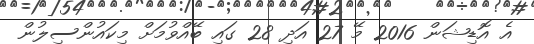
އެ އޮޑިޝަން 2016 މޭ 27 އަދި 28 ގައި ބޭއްވުމަށް މިކައުންސިލުން